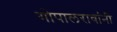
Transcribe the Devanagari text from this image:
गोपालरावांनी